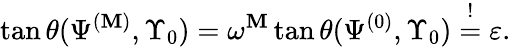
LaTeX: \tan\theta(\Psi^{(\mathbf{M})},\Upsilon_{0})=\omega^{\mathbf{M}}\tan\theta(\Psi^{(0)},\Upsilon_{0})\overset{!}{=}\varepsilon.